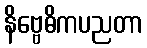
နိဗ္ဗေဓိကပညတာ